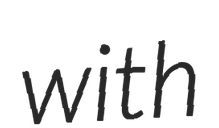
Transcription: with